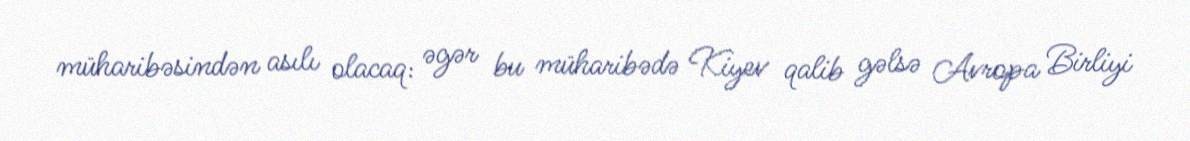
müharibəsindən asılı olacaq: əgər bu müharibədə Kiyev qalib gəlsə Avropa Birliyi